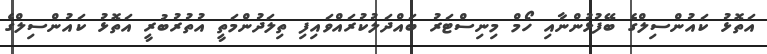
އަތޮޅު ކައުންސިލްގެ ބޭފުޅުންނާއި ހޯމް މިނިސްޓަރު ބައްދަލުކުރައްވައިފި ތިލަދުންމަތީ އުތުރުބުރީ އަތޮޅު ކައުންސިލްގެ